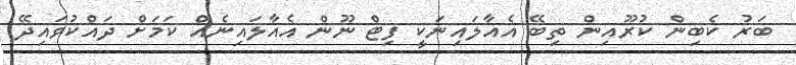
ބަރު ކެބިން ކުރޫއިން ތިބޭ އެއާލައިނަކީ ފިޓް ނޫން އެއާލައިނެއް ކަމަށް ދައްކުވައިދޭ